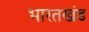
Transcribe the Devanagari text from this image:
भारतखंड